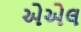
એએલ